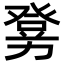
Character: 𤼶